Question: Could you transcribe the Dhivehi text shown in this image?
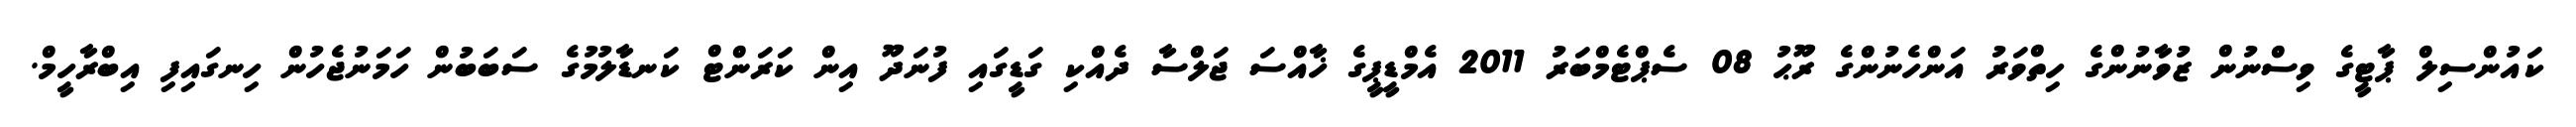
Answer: ކައުންސިލް ޕާޓީގެ ވިސްނުން ޒުވާނުންގެ ހިތްވަރު އަންހެނުންގެ ރޫޙު 08 ސެޕްޓެމްބަރު 2011 އެމްޑީޕީގެ ޚާއްސަ ޖަލްސާ ދެއްކި ގަޑީގައި ފުނަދޫ އިން ކަރަންޓް ކަނޑާލުމުގެ ސަބަބުން ހަމަނުޖެހުން ހިނގައިފި އިބްރާހީމް.